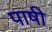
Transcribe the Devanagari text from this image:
पाषी